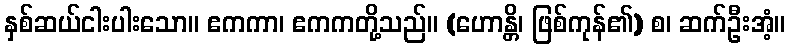
နှစ်ဆယ်ငါးပါးသော။ ဧကကာ၊ ဧကကတို့သည်။ (ဟောန္တိ၊ ဖြစ်ကုန်၏) စ၊ ဆက်ဦးအံ့။